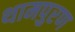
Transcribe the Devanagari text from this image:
थामपुरण